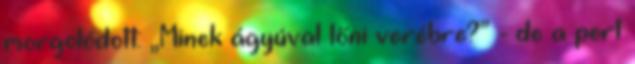
mor­go­­lódott: „Minek ágyúval lőni verébre?” - de a pert